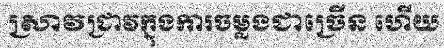
ស្រាវជ្រាវក្នុងការចម្លងជាច្រើន ហើយ